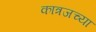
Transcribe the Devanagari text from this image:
कात्रजच्या